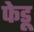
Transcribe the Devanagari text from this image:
फेडू